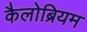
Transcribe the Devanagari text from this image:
कैलोब्रियम